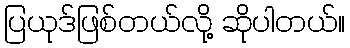
ပြယုဒ်ဖြစ်တယ်လို့ ဆိုပါတယ်။